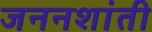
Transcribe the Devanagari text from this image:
जननशांती